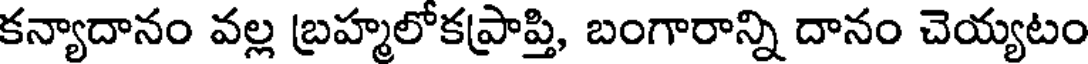
కన్యాదానం వల్ల బ్రహ్మలోకప్రాప్తి, బంగారాన్ని దానం చెయ్యటం